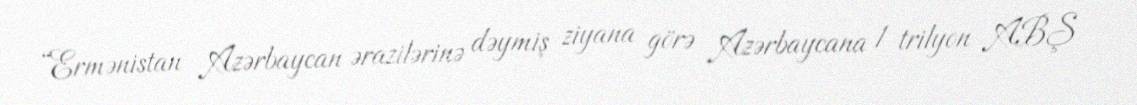
“Ermənistan Azərbaycan ərazilərinə dəymiş ziyana görə Azərbaycana 1 trilyon ABŞ